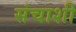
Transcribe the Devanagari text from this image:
संचाशी